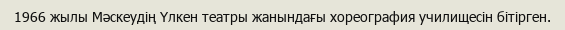
1966 жылы Мәскеудің Үлкен театры жанындағы хореография училищесін бітірген.